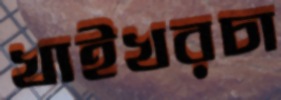
খাইখরচা